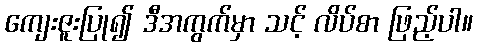
ကျေးဇူးပြု၍ ဒီအကွက်မှာ သင့် လိပ်စာ ဖြည့်ပါ။